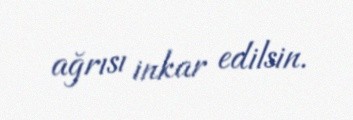
ağrısı inkar edilsin.